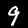
Digit: 9